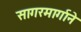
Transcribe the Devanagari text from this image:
सागरमार्गाने